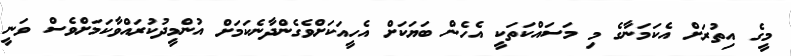
މީގެ އިތުރަށް އެކަމަނާގެ މި މަސައްކަތަކީ އެހެން ބަޔަކަށް އެހީއަކަށްވެގެންދާނެކަމަށް އުންމީދުކުރައްވާކަަމަށްވެސް ވަނީ